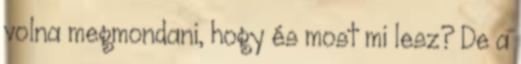
volna megmondani, hogy és most mi lesz? De a